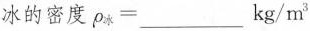
冰的密度$$\rho _ { 冰 } = ___ k g / m ^ { 3 }$$